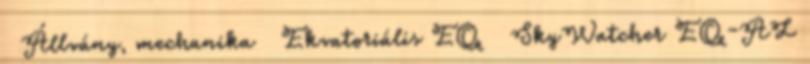
▸ Állvány, mechanika ▸ Ekvatoriális EQ ▸ SkyWatcher EQ-AL